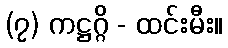
(၇) ကဋ္ဌဂ္ဂိ - ထင်းမီး။